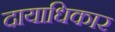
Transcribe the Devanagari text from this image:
दायाधिकार